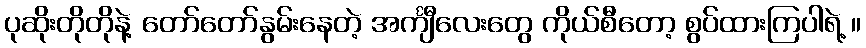
ပုဆိုးတိုတိုနဲ့ တော်တော်နွမ်းနေတဲ့ အင်္ကျီလေးတွေ ကိုယ်စီတော့ စွပ်ထားကြပါရဲ့ ။